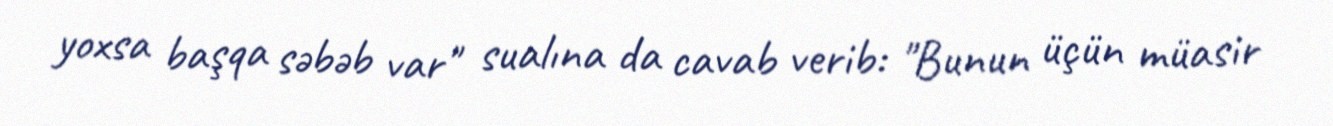
yoxsa başqa səbəb var" sualına da cavab verib: "Bunun üçün müasir